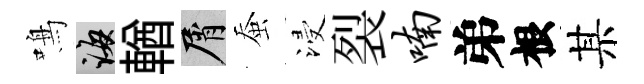
鳴誨輶屑蚕浸裂喃弟根某